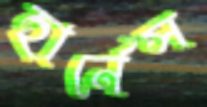
হার্নেস